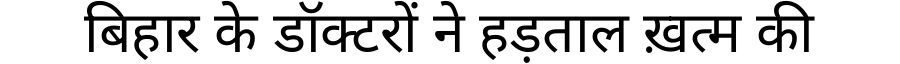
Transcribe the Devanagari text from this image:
बिहार के डॉक्टरों ने हड़ताल ख़त्म की